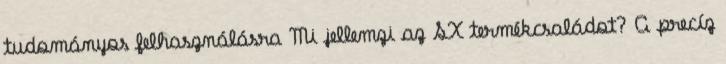
tudományos felhasználásra Mi jellemzi az SX termékcsaládot? A precíz